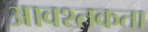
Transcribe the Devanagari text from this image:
आवश्तकता